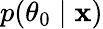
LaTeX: p(\theta_{0}\mid\mathbf{x})